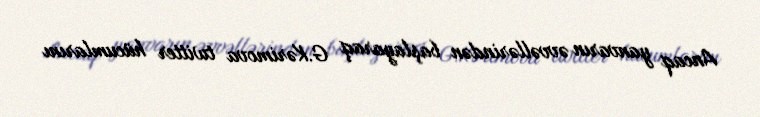
Ancaq yanvarın əvvəllərindən başlayaraq G.Kərimova twitter hücumlarını